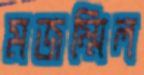
মজম্মিল